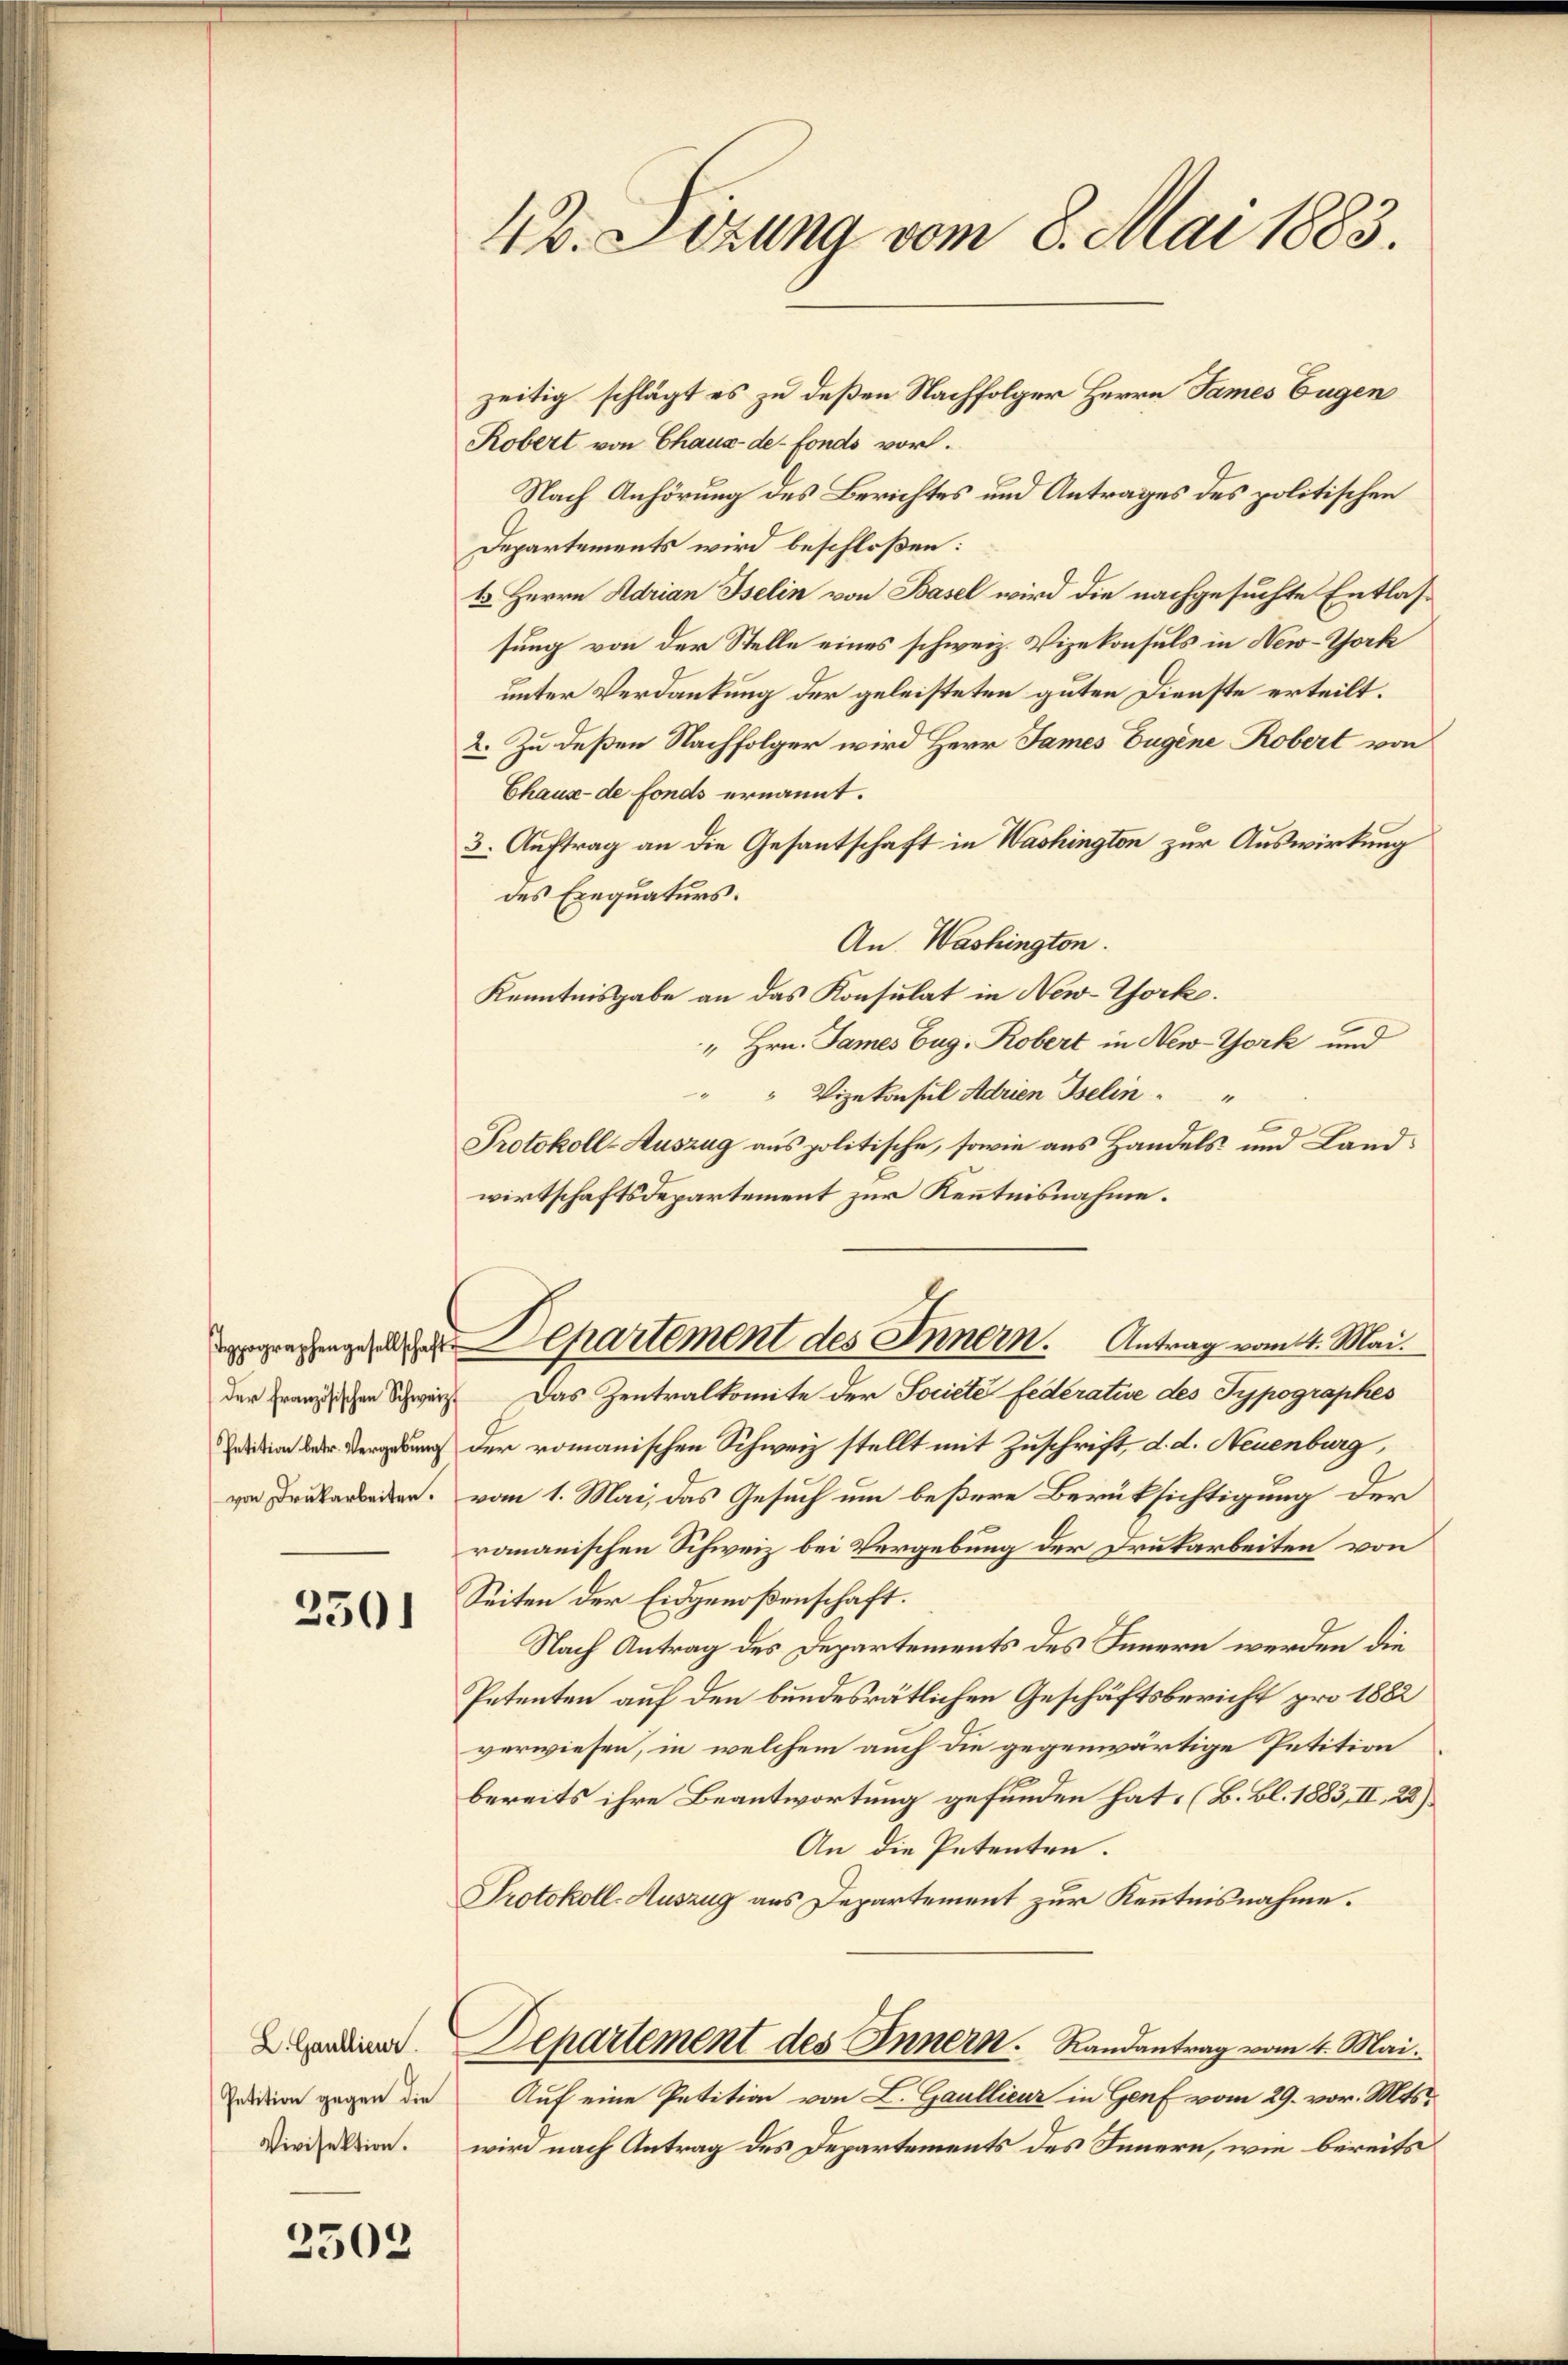
von Drukarbeiten.

2501

L. Gaullieur.
Vivisektion.

2503

42. Sitzung vom 8. Mai 1883.

Robert von Chaux-de-Fonds vor.
Nach Anhörung des Berichtes und Antrages des politischen
Departements wird beschloßen:
t Herrn Adrian Iselin von Basel wird die nachgesuchte Entlassung von der Stelle eines schweiz. Vizekonsuls in New-York
unter Verdankung der geleisteten guten Dienste erteilt.
2. Zu deßen Nachfolger wird Herr James Eugene Robert von
Chaux-de fonds ernannt.
3. Auftrag an die Gesantschaft in Washington zur Auswirkung
des Exequaturs.
An Washingten.
Kenntnisgabe an das Konsulat in New-York.
" Hrn. James Zug. Robert in New-York und
"" Vizekonsul Adrien Iselin "
Protokoll-Auszug aus politische, sowie aus Handels und Landwirtschaftsdepartement zur Kenntnisnahme.
gerregung der partement des Innern. Antrag vom 4. Mai.
der Franzischen Schweiz. Das Zentralkomite der Societe Federative des Typographes
idio der Vergebung der romanischen Schweiz stellt mit Zuschrift, d. d. Neuenburg,
vom 1. Mai, das Gesuch um beßere Berüksichtigung der
romanischen Schweiz bei Vergebung der Drukarbeiten von
Seiten der Eidgenoßenschaft.
Nach Antrag des Departements des Innern werden die
Petenten auf den bundesrätlichen Geschäftsbericht pro 1882
verwiesen, in welchem auch die gegenwärtige Petition
bereits ihre Beantwortung gefunden hat. (B. Bl. 1883, II., 22).
An die Petenten.
Protokoll-Auszug aus Departement zur Kenntnisnahme.
Departement des Innern. Randantrag vom 4. Mai.
Zedition gegen die Auf eine Petition von L. Gaullieur in Genf vom 29. vor. Mts.
wird nach Antrag des Departements des Innern, wie bereits

zeitig schlägt es zu deßen Nachfolger Herrn James Eugen